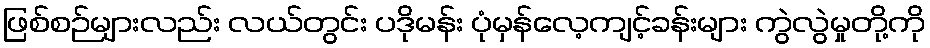
ဖြစ်စဉ်များလည်း လယ်တွင်း ပဒိုမန်း ပုံမှန်လေ့ကျင့်ခန်းများ ကွဲလွဲမှုတို့ကို